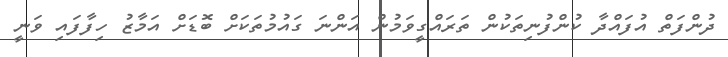
ދުންފަތް އުފައްދާ ކުންފުނިތަކުން ތަރައްގީވަމުން އަންނަ ގައުމުތަކަށް ބޮޑަށް އަމާޒު ހިފާފައި ވަނީ